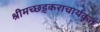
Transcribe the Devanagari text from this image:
श्रीमच्छड़्कराचार्यकृतं